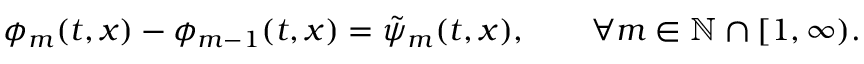
\begin{array} { r } { \phi _ { m } ( t , x ) - \phi _ { m - 1 } ( t , x ) = \tilde { \psi } _ { m } ( t , x ) , \qquad \forall m \in \ensuremath { \mathbb { N } } \cap [ 1 , \infty ) . } \end{array}